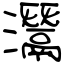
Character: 灊